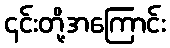
၎င်းတို့အကြောင်း